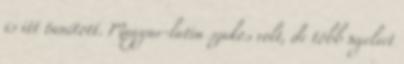
is itt tanított. Magyar-latin szakos volt, de több nyelvet